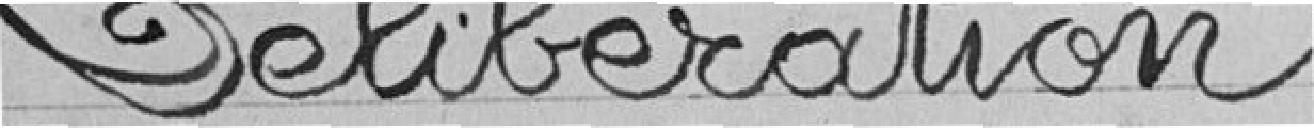
Délibération